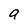
Character: a